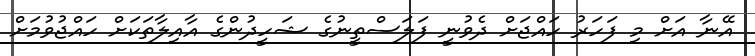
އޭނާ އަށް މި ފަހަރު ހައްޖަށް ދެވުނީ ފަލަސްތީނުގެ ޝަހީދުންގެ އާއިލާތަކަށް ހައްޖުވުމަށް